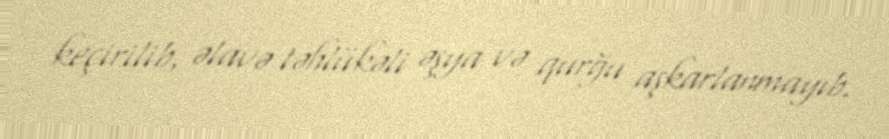
keçirilib, əlavə təhlükəli əşya və qurğu aşkarlanmayıb.